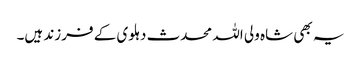
یہ بھی شاہ ولی اللہ محدث دہلوی کے فرزند ہیں۔